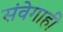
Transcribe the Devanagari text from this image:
संवेगाही